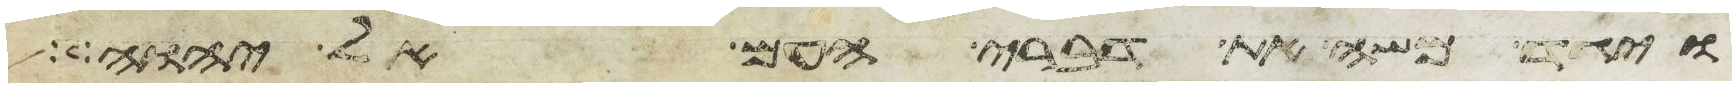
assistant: ויגד משה את דברי העם אל יהוה